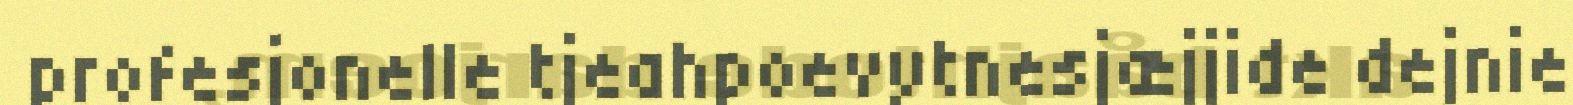
profesjonelle tjeahpoevytnesjæjjide dejnie